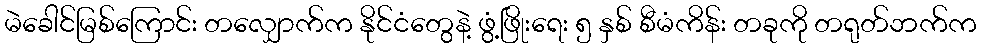
မဲခေါင်မြစ်ကြောင်း တလျှောက်က နိုင်ငံတွေနဲ့ ဖွံ့ဖြိုးရေး ၅ နှစ် စီမံကိန်း တခုကို တရုတ်ဘက်က